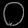
Digit: ၀